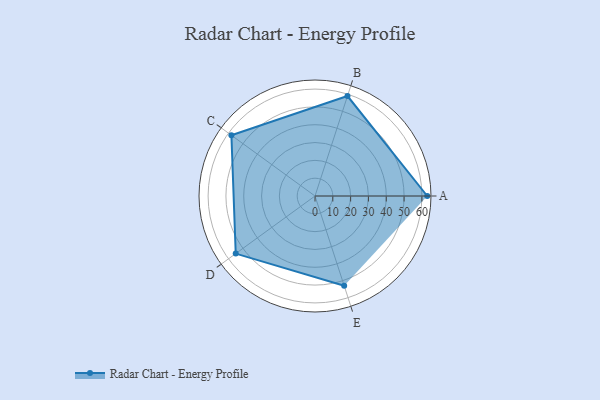
{"axis": {"x": "Skill", "y": "Score"}, "legend": ["Profile"], "data": [{"x": "A", "y": 63.0, "type": "Profile"}, {"x": "B", "y": 59.0, "type": "Profile"}, {"x": "C", "y": 58.0, "type": "Profile"}, {"x": "D", "y": 55.0, "type": "Profile"}, {"x": "E", "y": 53.0, "type": "Profile"}]}